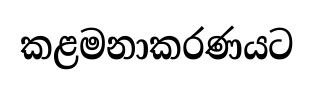
කළමනාකරණයට